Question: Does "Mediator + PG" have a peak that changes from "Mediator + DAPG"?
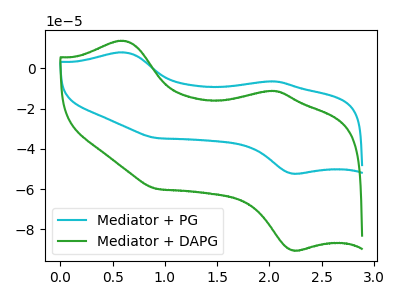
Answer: <think>The cyan curve "Mediator + PG" has anodic peaks at (0.60V, 7.90uA) (2.05V, -6.50uA) and cathodic peaks at (2.25V, -52.35uA) (0.90V, -34.65uA). The green curve "Mediator + DAPG" has anodic peaks at (0.60V, 13.70uA) (2.05V, -11.20uA) and cathodic peaks at (2.25V, -90.50uA) (0.90V, -59.90uA).
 All the peaks in "Mediator + PG" have a peak in "Mediator + DAPG" at the same potential.</think>
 <answer>No, "Mediator + PG" and "Mediator + DAPG" don't appear to be significantly different in shape</answer>
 <eval>no_change</eval>